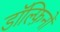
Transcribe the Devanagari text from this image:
डॉल्फ़िनों